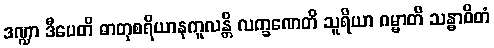
ဒဏ္ဍာ ဒီပေတိ ဓာတုစရိယာနုကူလန္တိ လက္ခဏေတိ သူရိယာ ဂမ္မာတိ သန္ဓာဝိတံ